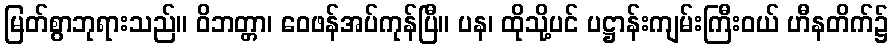
မြတ်စွာဘုရားသည်။ ဝိဘတ္တာ၊ ဝေဖန်အပ်ကုန်ပြီ။ ပန၊ ထိုသို့ပင် ပဋ္ဌာန်းကျမ်းကြီးဝယ် ဟီနတိက်၌